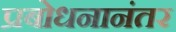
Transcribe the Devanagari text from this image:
प्रबोधनानंतर